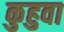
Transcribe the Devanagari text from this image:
कुहुवा